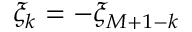
\xi _ { k } = - \xi _ { M + 1 - k }